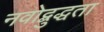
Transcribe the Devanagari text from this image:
नवोद्बुद्धता